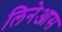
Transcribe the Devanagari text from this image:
लिनेआस